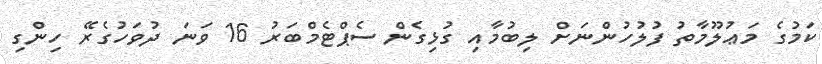
ކަމުގެ މަޢުލޫމާތު ފުލުހުންނަށް ލިބުމާއި ގުޅިގެން ސެޕްޓެމްބަރު 16 ވަނަ ދުވަހުގެރޭ ހިންގި